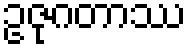
ဥဇုဂတာဿ